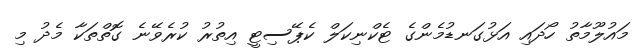
މައުލޫމާތު ހޯދައި އަޅުގަނޑުމެންގެ ޓެކްނިކަލް ކެޕޭސިޓީ އިތުރު ކުރެވޭނެ ގޮތްތަކާ މެދު މި